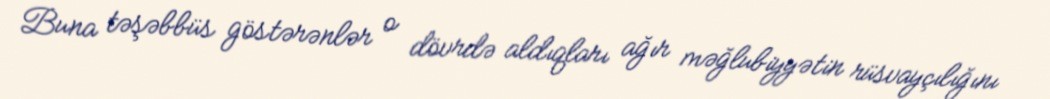
Buna təşəbbüs göstərənlər o dövrdə aldıqları ağır məğlubiyyətin rüsvayçılığını